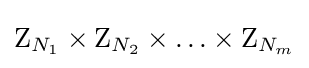
\mathrm {Z} _{N_{1}}\times \mathrm {Z} _{N_{2}}\times \ldots \times \mathrm {Z} _{N_{m}}